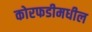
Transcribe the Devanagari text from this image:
कोरफडीमधील